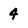
Character: 4